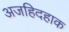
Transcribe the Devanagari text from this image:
अजहिदहाक